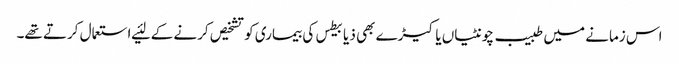
اس زمانے میں طبیب چونٹیاں یا کیڑے بھی ذیابیطس کی بیماری کو تشخیص کرنے کے لئیے استعمال کرتے تھے۔